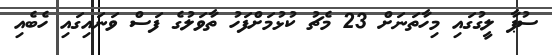
ސުޕާ ލީގުގައި މިހާތަނަށް 23 މެޗު ކުޅުމަށްފަހު ތާވަލުގެ ފަސް ވަނައިގައި ހެބެއި